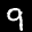
Label: 9